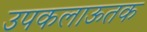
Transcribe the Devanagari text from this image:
उपकलाऊतक